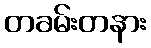
တခမ်းတနား